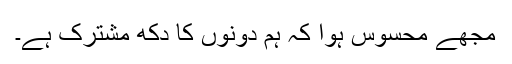
مجھے محسوس ہوا کہ ہم دونوں کا دکھ مشترک ہے۔